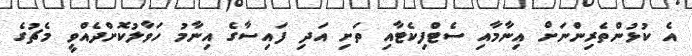
އެ ކުޅުންތެރިންނަށް އިނާމާއި ސެޓްފިކެޓާއި ތަށި އަދި ފައިސާގެ އިނާމު ހަވާލުކޮށްދެއްވީ މެޗުގެ